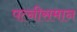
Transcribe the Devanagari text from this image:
पत्नीसमान